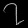
Digit: ၇